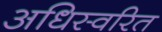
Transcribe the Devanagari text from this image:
अधिस्वरित